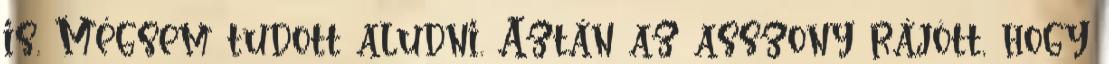
is. Mégsem tudott aludni. Aztán az asszony rájött, hogy